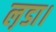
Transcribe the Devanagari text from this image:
ल़डा।